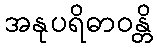
အနုပရိဓာဝန္တိ